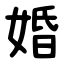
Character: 婚